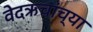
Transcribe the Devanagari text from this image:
वेदऋचांच्या